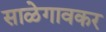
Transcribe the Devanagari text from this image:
साळेगावकर